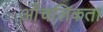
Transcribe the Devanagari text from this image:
आँचलिकता